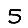
Digit: 5